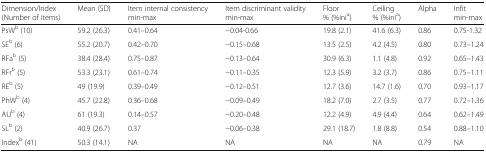
<table><thead><tr><td><b>Dimension/Index(Number of items)</b></td><td><b>Mean (SD)</b></td><td><b>Item internal consistency min-max</b></td><td><b>Item discriminant validity min-max</b></td><td><b>Floor% (%ini<sup>a</sup>)</b></td><td><b>Ceiling% (%ini<sup>a</sup>)</b></td><td><b>Alpha</b></td><td><b>Infitmin-max</b></td></tr></thead><tbody><tr><td>PsW<sup>b</sup> (10)</td><td>59.2 (26.3)</td><td>0.41–0.64</td><td>−0.04-0.66</td><td>19.8 (2.1)</td><td>41.6 (6.3)</td><td>0.86</td><td>0.75-1.32</td></tr><tr><td>SE<sup>b</sup> (6)</td><td>55.2 (20.7)</td><td>0.42–0.70</td><td>−0.15–0.68</td><td>13.5 (2.5)</td><td>4.2 (4.5)</td><td>0.80</td><td>0.73–1.24</td></tr><tr><td>RFa<sup>b</sup> (5)</td><td>38.4 (28.4)</td><td>0.75–0.87</td><td>−0.13–0.64</td><td>30.9 (6.3)</td><td>1.1 (4.8)</td><td>0.92</td><td>0.65–1.43</td></tr><tr><td>RFr<sup>b</sup> (5)</td><td>53.3 (23.1)</td><td>0.61–0.74</td><td>−0.11–0.35</td><td>12.3 (5.9)</td><td>3.2 (3.7)</td><td>0.86</td><td>0.75–1.11</td></tr><tr><td>RE<sup>b</sup> (5)</td><td>49 (19.9)</td><td>0.39–0.49</td><td>−0.12–0.51</td><td>12.7 (3.6)</td><td>14.7 (1.6)</td><td>0.70</td><td>0.93–1.17</td></tr><tr><td>PhW<sup>b</sup> (4)</td><td>45.7 (22.8)</td><td>0.36–0.68</td><td>−0.09–0.49</td><td>18.2 (7.0)</td><td>2.7 (3.5)</td><td>0.77</td><td>0.72–1.36</td></tr><tr><td>AU<sup>b</sup> (4)</td><td>61 (19.3)</td><td>0.14–0.57</td><td>−0.20–0.48</td><td>12.2 (4.9)</td><td>4.9 (4.4)</td><td>0.64</td><td>0.62–1.49</td></tr><tr><td>SL<sup>b</sup> (2)</td><td>40.9 (26.7)</td><td>0.37</td><td>−0.06–0.38</td><td>29.1 (18.7)</td><td>1.8 (8.8)</td><td>0.54</td><td>0.88–1.10</td></tr><tr><td>Index<sup>b</sup> (41)</td><td>50.3 (14.1)</td><td>NA</td><td>NA</td><td>NA</td><td>NA</td><td>0.79</td><td>NA</td></tr></tbody></table>